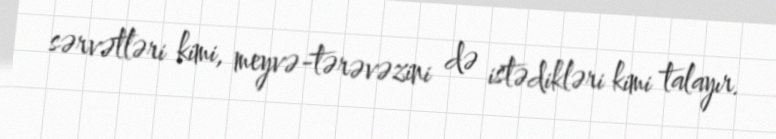
sərvətləri kimi, meyvə-tərəvəzini də istədikləri kimi talayır.